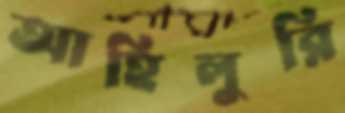
আহিলুরি